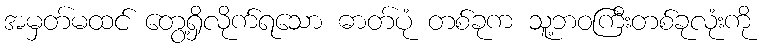
အမှတ်မထင် တွေ့ရှိလိုက်ရသော ဓာတ်ပုံ တစ်ခုက သူ့ဘဝကြီးတစ်ခုလုံးကို